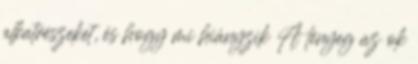
alkatrészeket, és hogy mi hiányzik A lényeg az ok